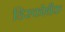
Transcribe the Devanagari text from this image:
डिस्कोथैक